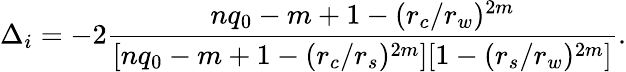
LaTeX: \Delta_{i}=-2\frac{nq_{0}-m+1-(r_{c}/r_{w})^{2m}}{[nq_{0}-m+1-(r_{c}/r_{s})^{2m}][1-(r_{s}/r_{w})^{2m}]}.